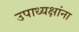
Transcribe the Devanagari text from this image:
उपाध्यक्षांना